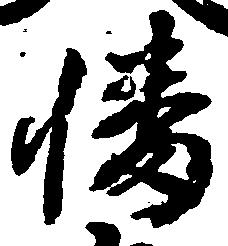
幡